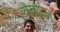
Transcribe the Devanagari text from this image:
बेवरिज़